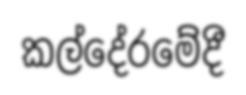
කල්දේරමේදී